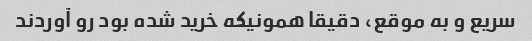
سریع و به موقع، دقیقا همونیکه خرید شده بود رو آوردند